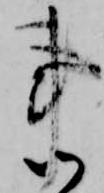
事